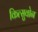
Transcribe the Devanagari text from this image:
कित्सुवोन